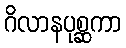
ဂိလာနပုစ္ဆကာ